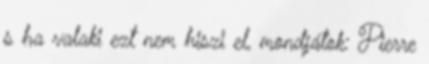
s ha valaki ezt nem hiszi el, mondjátok: Pierre